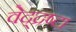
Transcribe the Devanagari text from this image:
वेद्द्रष्टा